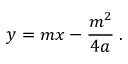
\ y = m x - { \frac { m ^ { 2 } } { 4 a } } \; .